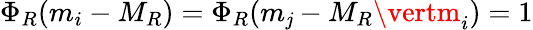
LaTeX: \Phi_{R}(m_{i}-M_{R})=\Phi_{R}(m_{\mathit{j}}-M_{R}\vertm_{i})=1